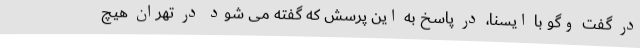
در گفت وگو با ایسنا، در پاسخ به این پرسش که گفته می شود در تهران هیچ